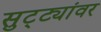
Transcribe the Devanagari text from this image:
सुट्ट्यांवर